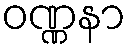
ဝဏ္ဏနာ